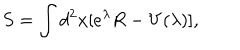
S = \int d ^ { 2 } x [ e ^ { \lambda } R - V ( \lambda ) ] ,